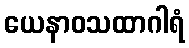
ယေနာဝသထာဂါရံ